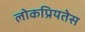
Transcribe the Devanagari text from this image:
लोकप्रियतेस